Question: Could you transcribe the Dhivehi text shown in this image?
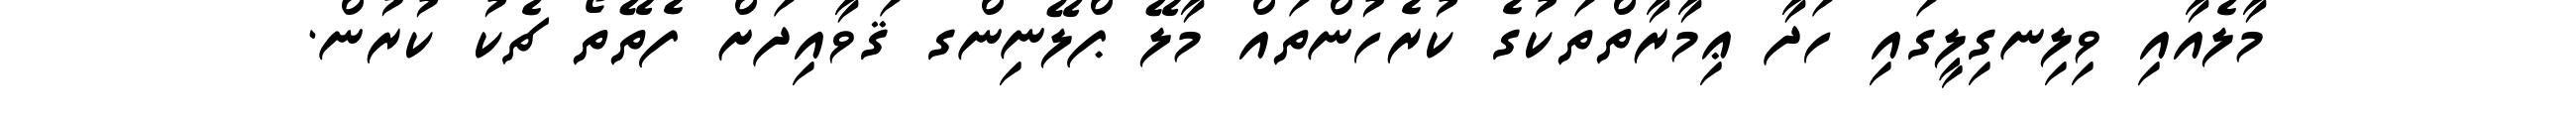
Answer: މާލެއާއި ވިލިނގިލީގައި ހަދާ ޢިމާރާތްތަކުގެ ކުރެހުންތައް މާލޭ ޕްލޭނިންގ ޤަވާއިދަށް ފެތޭތޯ ޗެކު ކުރުން.